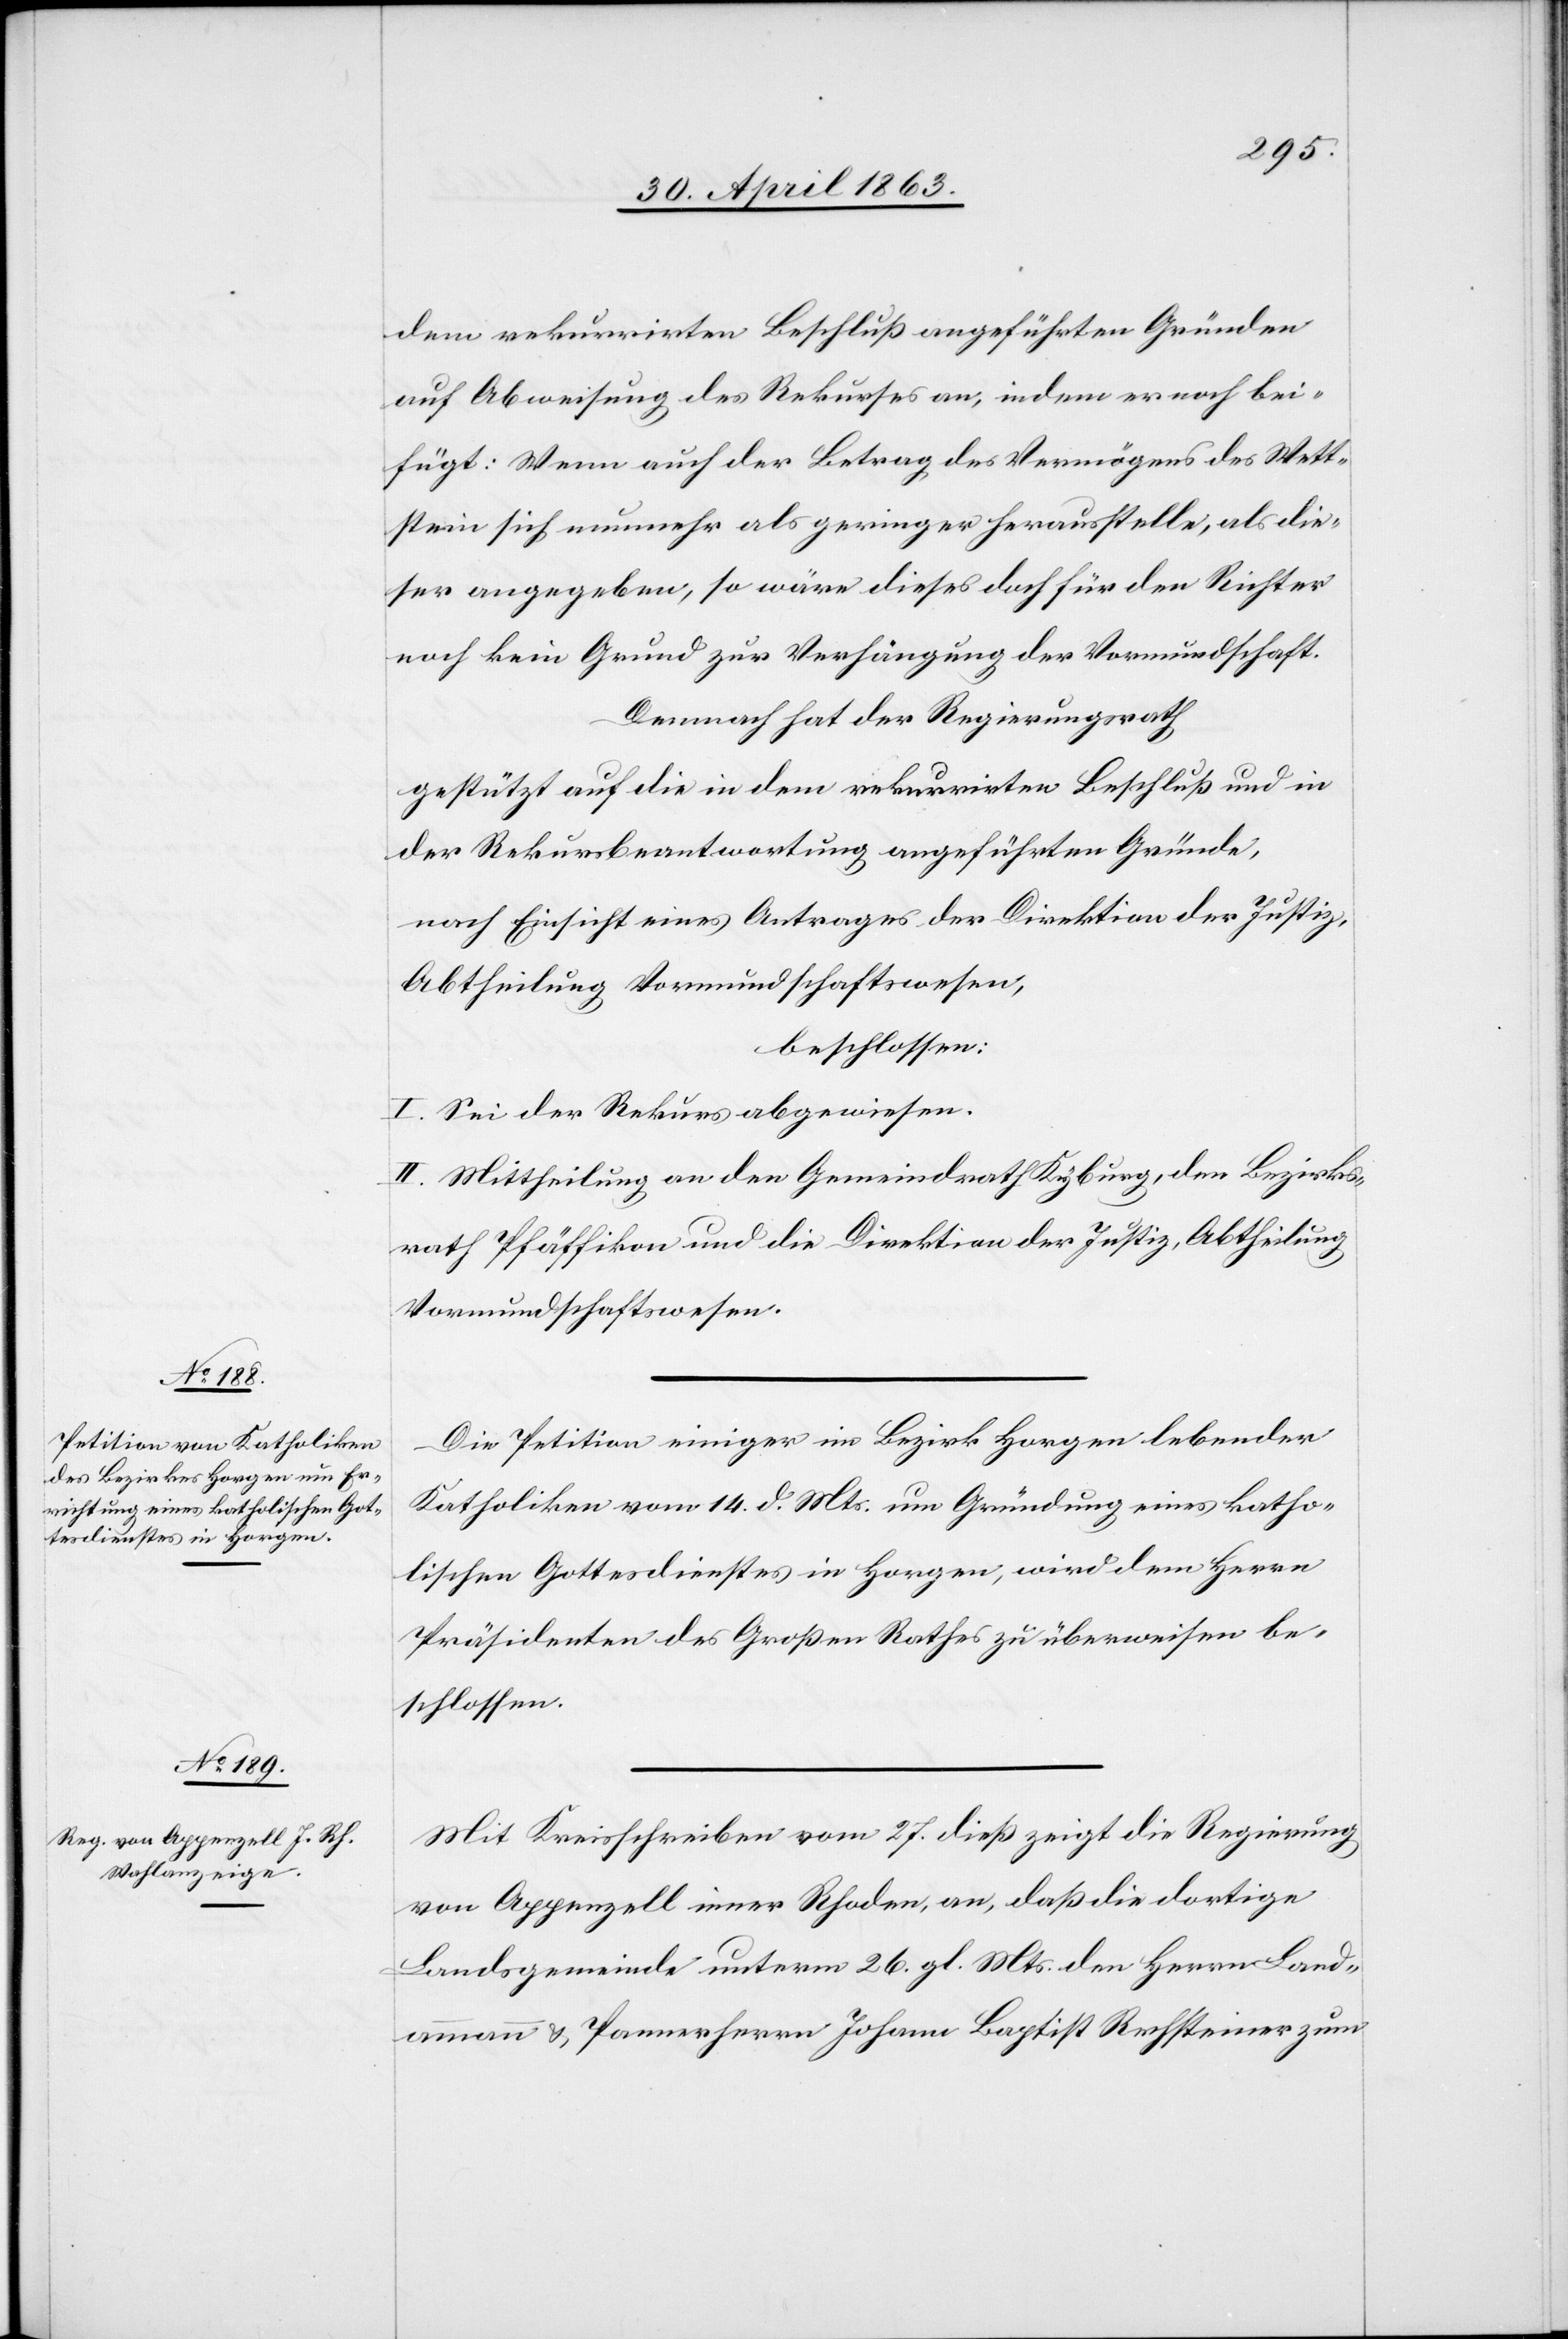
dem rekurrirten Beschluß angeführten Gründen
auf Abweisung des Rekurses an, indem er noch bei¬
fügt: Wenn auch der Betrag des Vermögens des Wett¬
stein sich nunmehr als geringer herausstelle, als die¬
ser angegeben, so wäre dieses doch für den Richter
noch kein Grund zur Verhängung der Vormundschaft.
Demnach hat der Regierungsrath
gestützt auf die in dem rekurrirten Beschluß und in
der Rekursbeantwortung angeführten Gründe,
nach Einsicht eines Antrages der Direktion der Justiz,
Abtheilung Vormundschaftswesen,
beschlossen:
I. Sei der Rekus abgewiesen.
II. Mittheilung an den Gemeindrath Kyburg, den Bezirks¬
rath Pfäffikon und die Direktion der Justiz, Abtheilung
Vormundschaftswesen.
Die Petition einiger im Bezirk Horgen lebender
Katholiken vom 14. d. Mts. um Gründung eines katho¬
lischen Gottesdienstes in Horgen, wird dem Herrn
Präsidenten des Großen Rathes zu überweisen be¬
schlossen.
Mit Kreisschreiben vom 27. dieß zeigt die Regierung
von Appenzell inner Rhoden, an, daß die dortige
Landsgemeinde unterm 26. gl. Mts. den Herrn Land¬
ammann & Pannerherrn Johann Baptist Rechsteiner zum